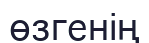
өзгенің